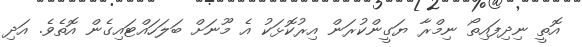
އޮތީ ނިދިފައިތޯ ނިމްރާ ޔަގީންކުރަން އިރުކޮޅަކު އެ މޫނަށް ބަލަހައްޓައިގެން އޮތެވެ. އަދި